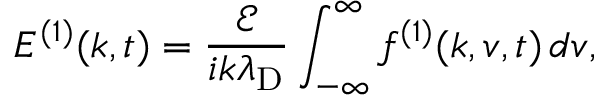
E ^ { ( 1 ) } ( k , t ) = \frac { \mathcal { E } } { i k \lambda _ { \mathrm { D } } } \int _ { - \infty } ^ { \infty } f ^ { ( 1 ) } ( k , v , t ) \, d v ,